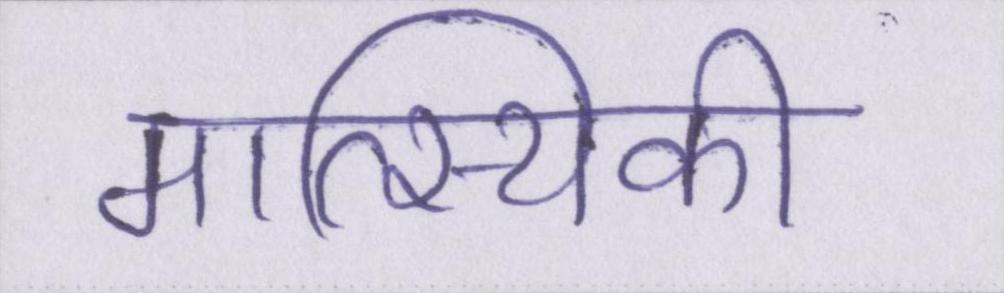
मात्स्यिकी